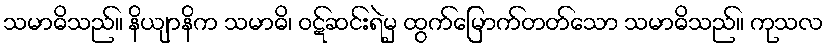
သမာဓိသည်။ နိယျာနိက သမာဓိ၊ ဝဋ်ဆင်းရဲမှ ထွက်မြောက်တတ်သော သမာဓိသည်။ ကုသလ